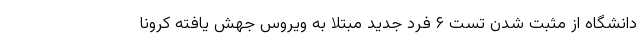
دانشگاه از مثبت شدن تست ۶ فرد جدید مبتلا به ویروس جهش یافته کرونا